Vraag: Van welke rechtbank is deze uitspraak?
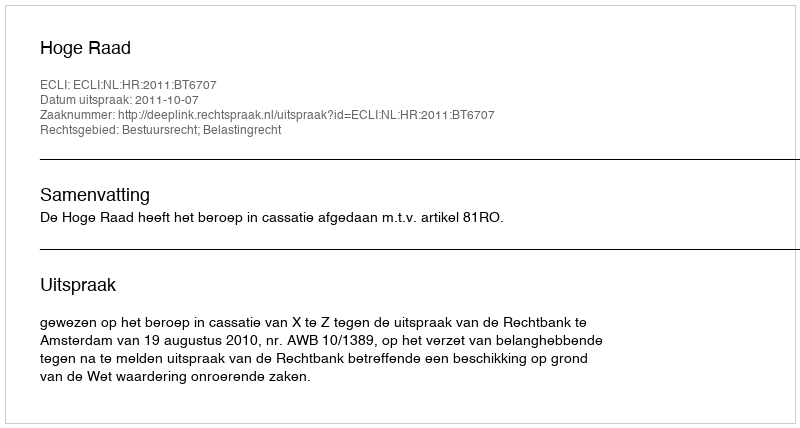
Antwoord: Hoge Raad